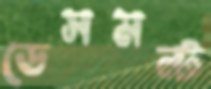
ডেসমন্ট